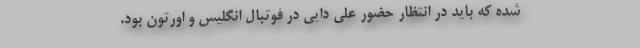
شده که باید در انتظار حضور علی دایی در فوتبال انگلیس و اورتون بود.